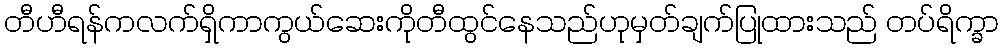
တီဟီရန်ကလက်ရှိကာကွယ်ဆေးကိုတီထွင်နေသည်ဟုမှတ်ချက်ပြုထားသည် တပ်ရိက္ခာ